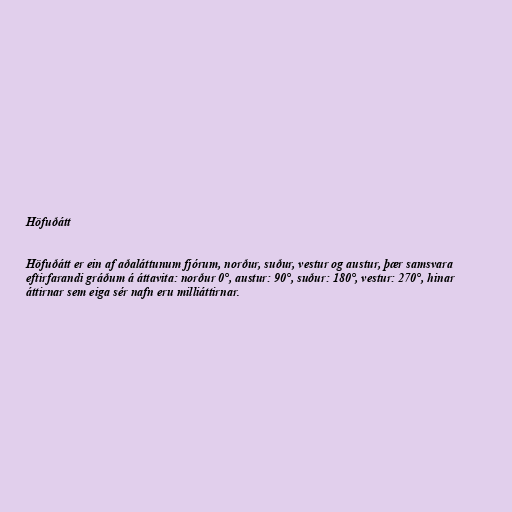
Höfuðátt

Höfuðátt er ein af aðaláttunum fjórum, norður, suður, vestur og austur, þær samsvara
eftirfarandi gráðum á áttavita: norður 0°, austur: 90°, suður: 180°, vestur: 270°, hinar
áttirnar sem eiga sér nafn eru milliáttirnar.